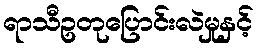
ရာသီဥတုပြောင်းလဲမှုနှင့်